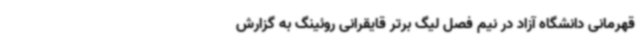
قهرمانی دانشگاه آزاد در نیم فصل لیگ برتر قایقرانی روئینگ به گزارش